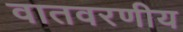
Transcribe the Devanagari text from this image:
वातवरणीय